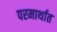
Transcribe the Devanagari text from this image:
परमार्थात